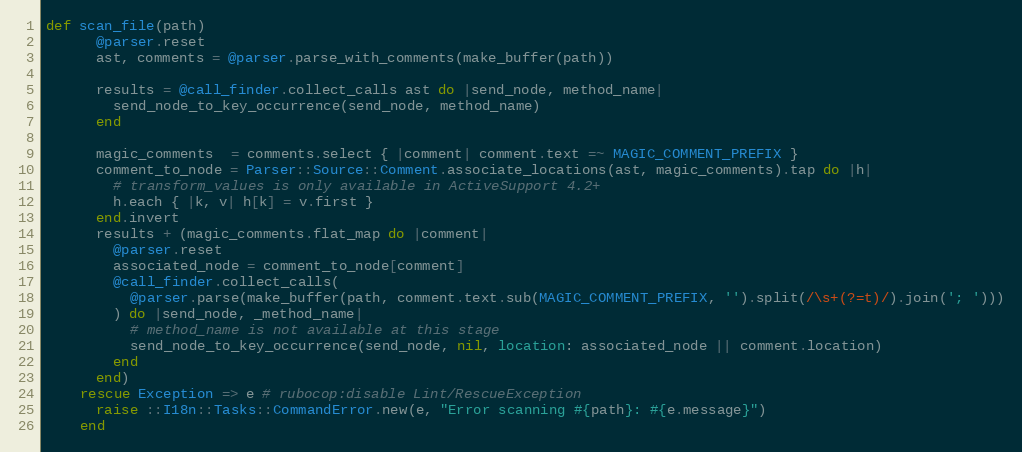
Language: Ruby
def scan_file(path)
      @parser.reset
      ast, comments = @parser.parse_with_comments(make_buffer(path))

      results = @call_finder.collect_calls ast do |send_node, method_name|
        send_node_to_key_occurrence(send_node, method_name)
      end

      magic_comments  = comments.select { |comment| comment.text =~ MAGIC_COMMENT_PREFIX }
      comment_to_node = Parser::Source::Comment.associate_locations(ast, magic_comments).tap do |h|
        # transform_values is only available in ActiveSupport 4.2+
        h.each { |k, v| h[k] = v.first }
      end.invert
      results + (magic_comments.flat_map do |comment|
        @parser.reset
        associated_node = comment_to_node[comment]
        @call_finder.collect_calls(
          @parser.parse(make_buffer(path, comment.text.sub(MAGIC_COMMENT_PREFIX, '').split(/\s+(?=t)/).join('; ')))
        ) do |send_node, _method_name|
          # method_name is not available at this stage
          send_node_to_key_occurrence(send_node, nil, location: associated_node || comment.location)
        end
      end)
    rescue Exception => e # rubocop:disable Lint/RescueException
      raise ::I18n::Tasks::CommandError.new(e, "Error scanning #{path}: #{e.message}")
    end